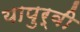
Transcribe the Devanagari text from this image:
यापुर्वी